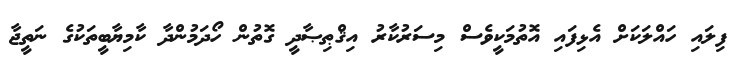
ފިލައި ހައްލަކަށް އެޅިފައި އޮތުމަކީވެސް މިސަރުކާރު އިޤްޠިޞާދީ ގޮތުން ހޯދަމުންދާ ކާމިޔާބީތަކުގެ ނަތީޖާ